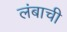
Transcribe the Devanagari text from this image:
लंबाची